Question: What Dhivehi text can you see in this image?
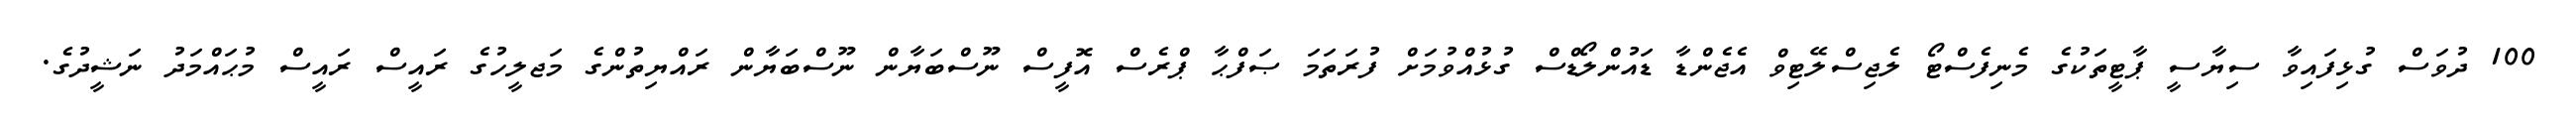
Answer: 100 ދުވަސް ގުޅިފައިވާ ސިޔާސީ ޕާޓީތަކުގެ މެނިފެސްޓޯ ލެޖިސްލޭޓިވް އެޖެންޑާ ޑައުންލޯޑްސް ގުޅުއްވުމަށް ފުރަތަމަ ޞަފްޙާ ޕްރެސް އޮފީސް ނޫސްބަޔާން ނޫސްބަޔާން ރައްޔިތުންގެ މަޖލީހުގެ ރައީސް ރައީސް މުޙައްމަދު ނަޝީދުގެ.